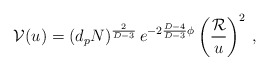
\begin{align*}{\cal V}(u)=(d_p N)^{2 \over D-3}\, e^{-2 {D-4 \over D-3} \phi} \left( {{\cal R} \over u} \right)^2 \, ,\end{align*}